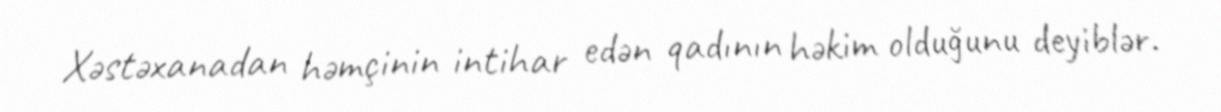
Xəstəxanadan həmçinin intihar edən qadının həkim olduğunu deyiblər.